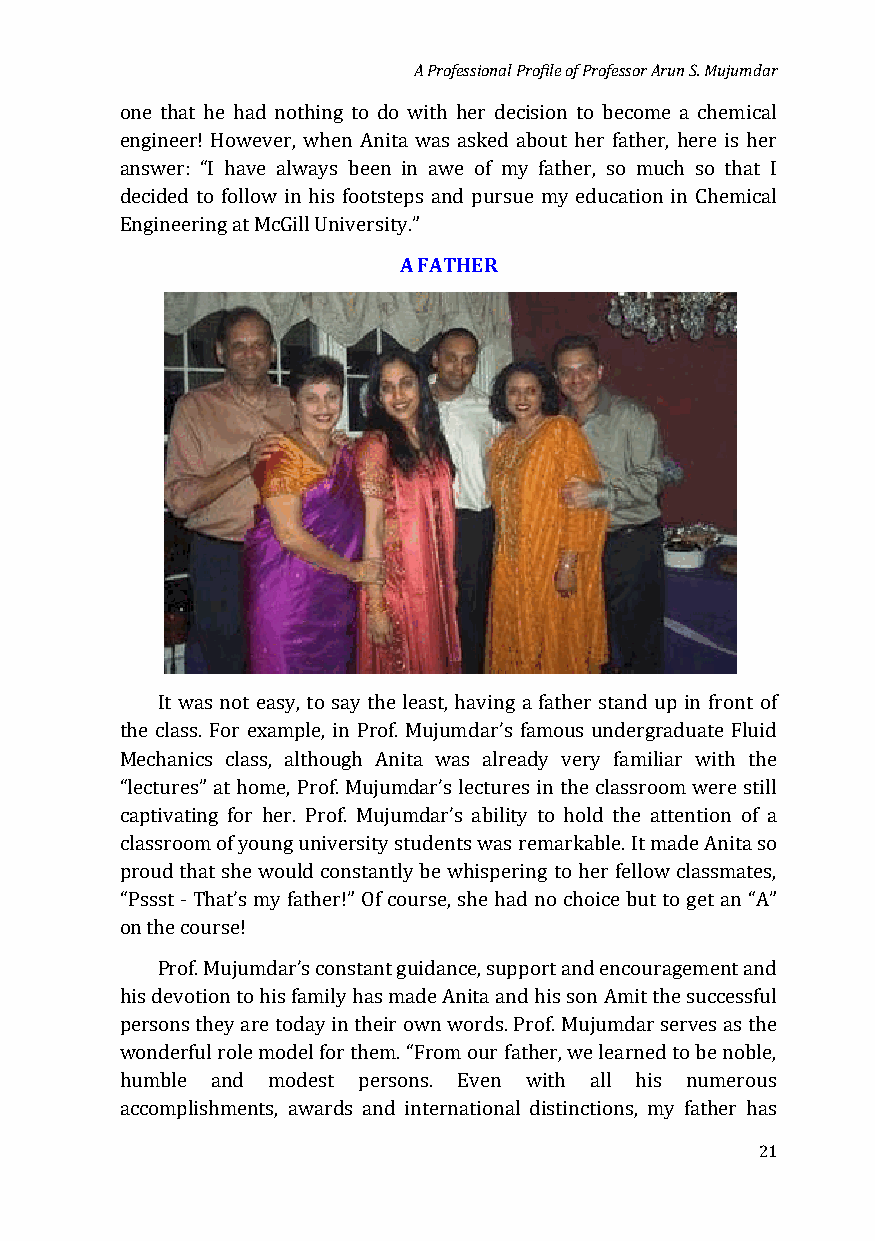
A Professional Profile of Professor Arun S. Mujumdar
 one that he had nothing to do with her decision to become a chemical
 engineer! However, when Anita was asked about her father, here is her
 answer: “I have always been in awe of my father, so much so that I
 decided to follow in his footsteps and pursue my education in Chemical
 Engineering at McGill UniversityA.” F ATHER
 It was not easy, to say the least, having a father stand up in front of
 the class. For example, in Prof. Mujumdar’s famous undergraduate Fluid
 Mechanics class, although Anita was already very familiar with the
 “lectures” at home, Prof. Mujumdar’s lectures in the classroom were still
 captivating for her. Prof. Mujumdar’s ability to hold the attention of a
 classroom of young university students was remarkable. It made Anita so
 proud that she would constantly be whispering to her fellow classmates,
 “Pssst - That’s my father!” Of course, she had no choice but to get an “A”
 on the course!
 Prof. Mujumdar’s constant guidance, support and encouragement and
 his devotion to his family has made Anita and his son Amit the successful
 persons they are today in their own words. Prof. Mujumdar serves as the
 wonderful role model for them. “From our father, we learned to be noble,
 humble and modest persons. Even with all his numerous
 accomplishments, awards and international distinctions, my father has
 21